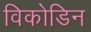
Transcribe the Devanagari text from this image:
विकोडिन